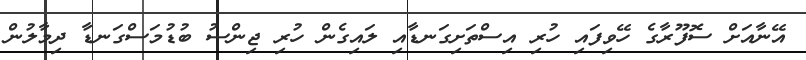
އޭނާއަށް ސޮފޫރާގެ ހޭވިފައި ހުރި އިސްތަށިގަނޑާއި ލައިގެން ހުރި ޖިންސު ބުޑުމަސްގަނޑާ ދިމާލުން